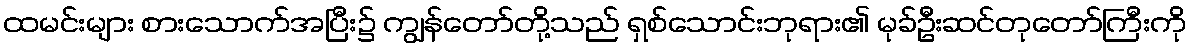
ထမင်းများ စားသောက်အပြီး၌ ကျွန်တော်တို့သည် ရှစ်သောင်းဘုရား၏ မုခ်ဦးဆင်တုတော်ကြီးကို